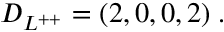
{ \cal D } _ { L ^ { + + } } = ( 2 , 0 , 0 , 2 ) \; .